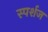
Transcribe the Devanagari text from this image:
स्पर्शज